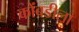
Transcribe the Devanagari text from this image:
कोंबडीला